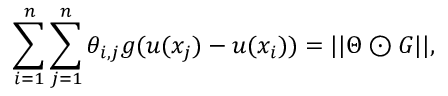
\sum _ { i = 1 } ^ { n } \sum _ { j = 1 } ^ { n } \theta _ { i , j } g ( u ( x _ { j } ) - u ( x _ { i } ) ) = | | \Theta \odot G | | ,